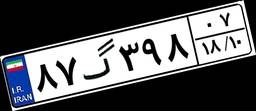
۸۷گ۳۹۸۰۷